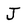
Character: J